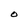
Character: O